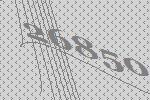
26850